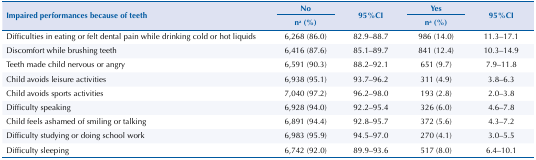
| <ROWSPAN=3> Impaired performances because of teeth | No | <ROWSPAN=3> 95%CI | Yes | <ROWSPAN=3> 95%CI |
 | n a (%) | n a (%) |
 | --- | --- | --- | --- | --- |
 | Difficulties in eating or felt dental pain while drinking cold or hot liquids | 6,268 (86.0) | 82.9–88.7 | 986 (14.0) | 11.3–17.1 |
 | Discomfort while brushing teeth | 6,416 (87.6) | 85.1–89.7 | 841 (12.4) | 10.3–14.9 |
 | Teeth made child nervous or angry | 6,591 (90.3) | 88.2–92.1 | 651 (9.7) | 7.9–11.8 |
 | Child avoids leisure activities | 6,938 (95.1) | 93.7–96.2 | 311 (4.9) | 3.8–6.3 |
 | Child avoids sports activities | 7,040 (97.2) | 96.2–98.0 | 193 (2.8) | 2.0–3.8 |
 | Difficulty speaking | 6,928 (94.0) | 92.2–95.4 | 326 (6.0) | 4.6–7.8 |
 | Child feels ashamed of smiling or talking | 6,891 (94.4) | 92.8–95.7 | 372 (5.6) | 4.3–7.2 |
 | Difficulty studying or doing school work | 6,983 (95.9) | 94.5–97.0 | 270 (4.1) | 3.0–5.5 |
 | Difficulty sleeping | 6,742 (92.0) | 89.9–93.6 | 517 (8.0) | 6.4–10.1 |